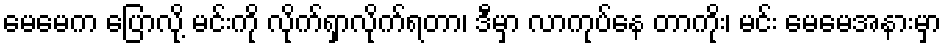
မေမေက ပြောလို့ မင်းကို လိုက်ရှာလိုက်ရတာ၊ ဒီမှာ လာကုပ်နေ တာကိုး၊ မင်း မေမေအနားမှာ